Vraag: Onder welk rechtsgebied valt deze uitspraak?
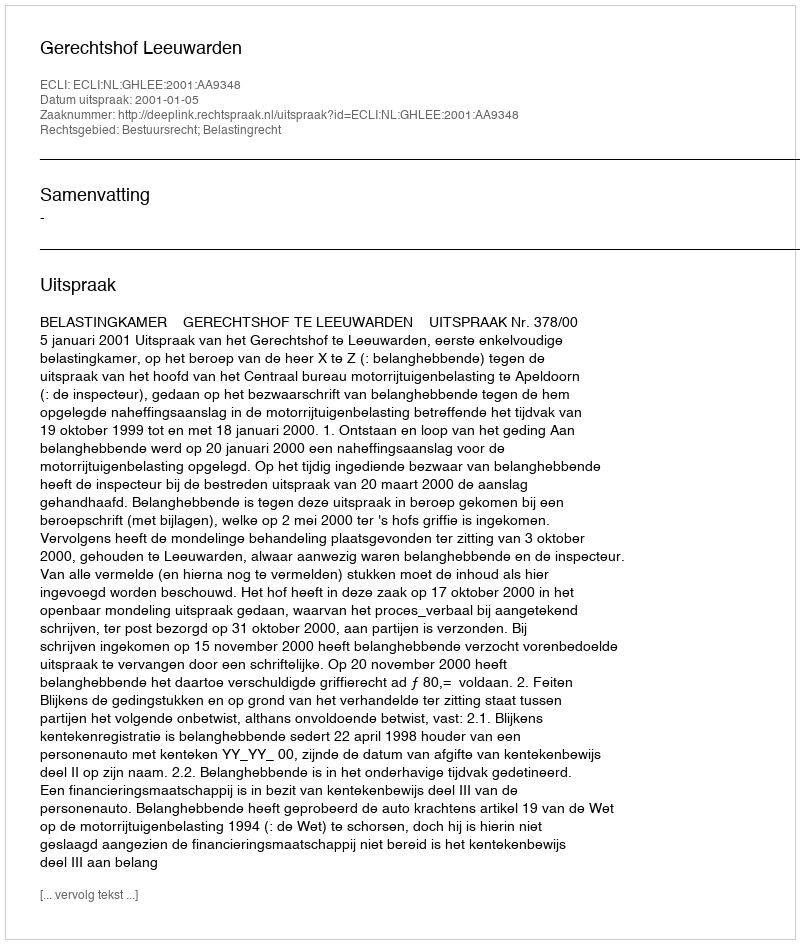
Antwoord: Bestuursrecht; Belastingrecht